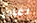
اغادر